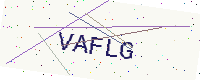
Text: VAFLG